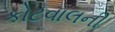
કોટવાલની